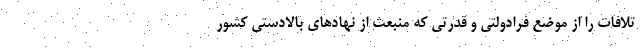
تلافات را از موضع فرادولتی و قدرتی که منبعث از نهادهای بالادستی کشور